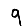
Digit: 9